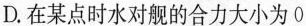
D.在某点时水对舰的合力大小为0